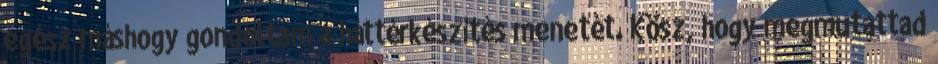
egész máshogy gondoltam a háttérkészítés menetét. Kösz, hogy megmutattad